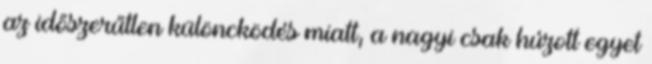
az időszerűtlen különcködés miatt, a nagyi csak húzott egyet